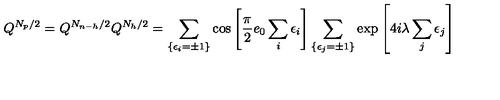
Q ^ { N _ { p } / 2 } = Q ^ { N _ { n - h } / 2 } Q ^ { N _ { h } / 2 } = \sum _ { \{ \epsilon _ { i } = \pm 1 \} } \cos \left[ \frac { \pi } { 2 } e _ { 0 } \sum _ { i } \epsilon _ { i } \right] \sum _ { \{ \epsilon _ { j } = \pm 1 \} } \exp \left[ 4 i \lambda \sum _ { j } \epsilon _ { j } \right]